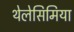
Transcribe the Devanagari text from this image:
थेलेसिमिया